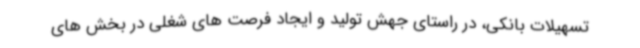
تسهیلات بانکی، در راستای جهش تولید و ایجاد فرصت های شغلی در بخش های